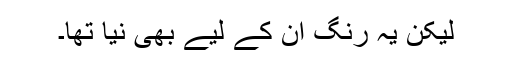
لیکن یہ رنگ ان کے لیے بھی نیا تھا۔